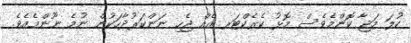
ކުލަ މަޖާ ކޮންމެވެސް މޮޅު ކެރެކްޓަރ އެއް ޖެހި ނަންކަރުދާހަކުން ނުމެ ނޫންމެއެވެ.